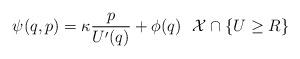
LaTeX: \begin{align*}\psi(q,p) = \kappa \frac{p}{U'(q)} + \phi(q) \,\, \,\, \mathcal{X} \cap \{U \geq R\}\end{align*}